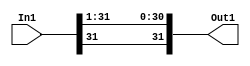
module controllerHdl_Double_Range
          (
           In1,
           Out1
          );
  input   signed [31:0] In1;  
  output  signed [31:0] Out1;  
  wire signed [31:0] Data_Type_Conversion_out1;  
  assign Data_Type_Conversion_out1 = {In1[31], In1[31:1]};
  assign Out1 = Data_Type_Conversion_out1;
endmodule